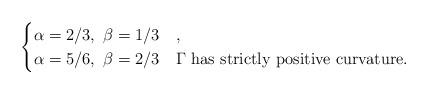
LaTeX: \begin{align*}\begin{cases} \alpha=2/3,\ \beta=1/3 & ,\\ \alpha=5/6,\ \beta=2/3 & \Gamma \text{ has strictly positive curvature.}\end{cases}\end{align*}